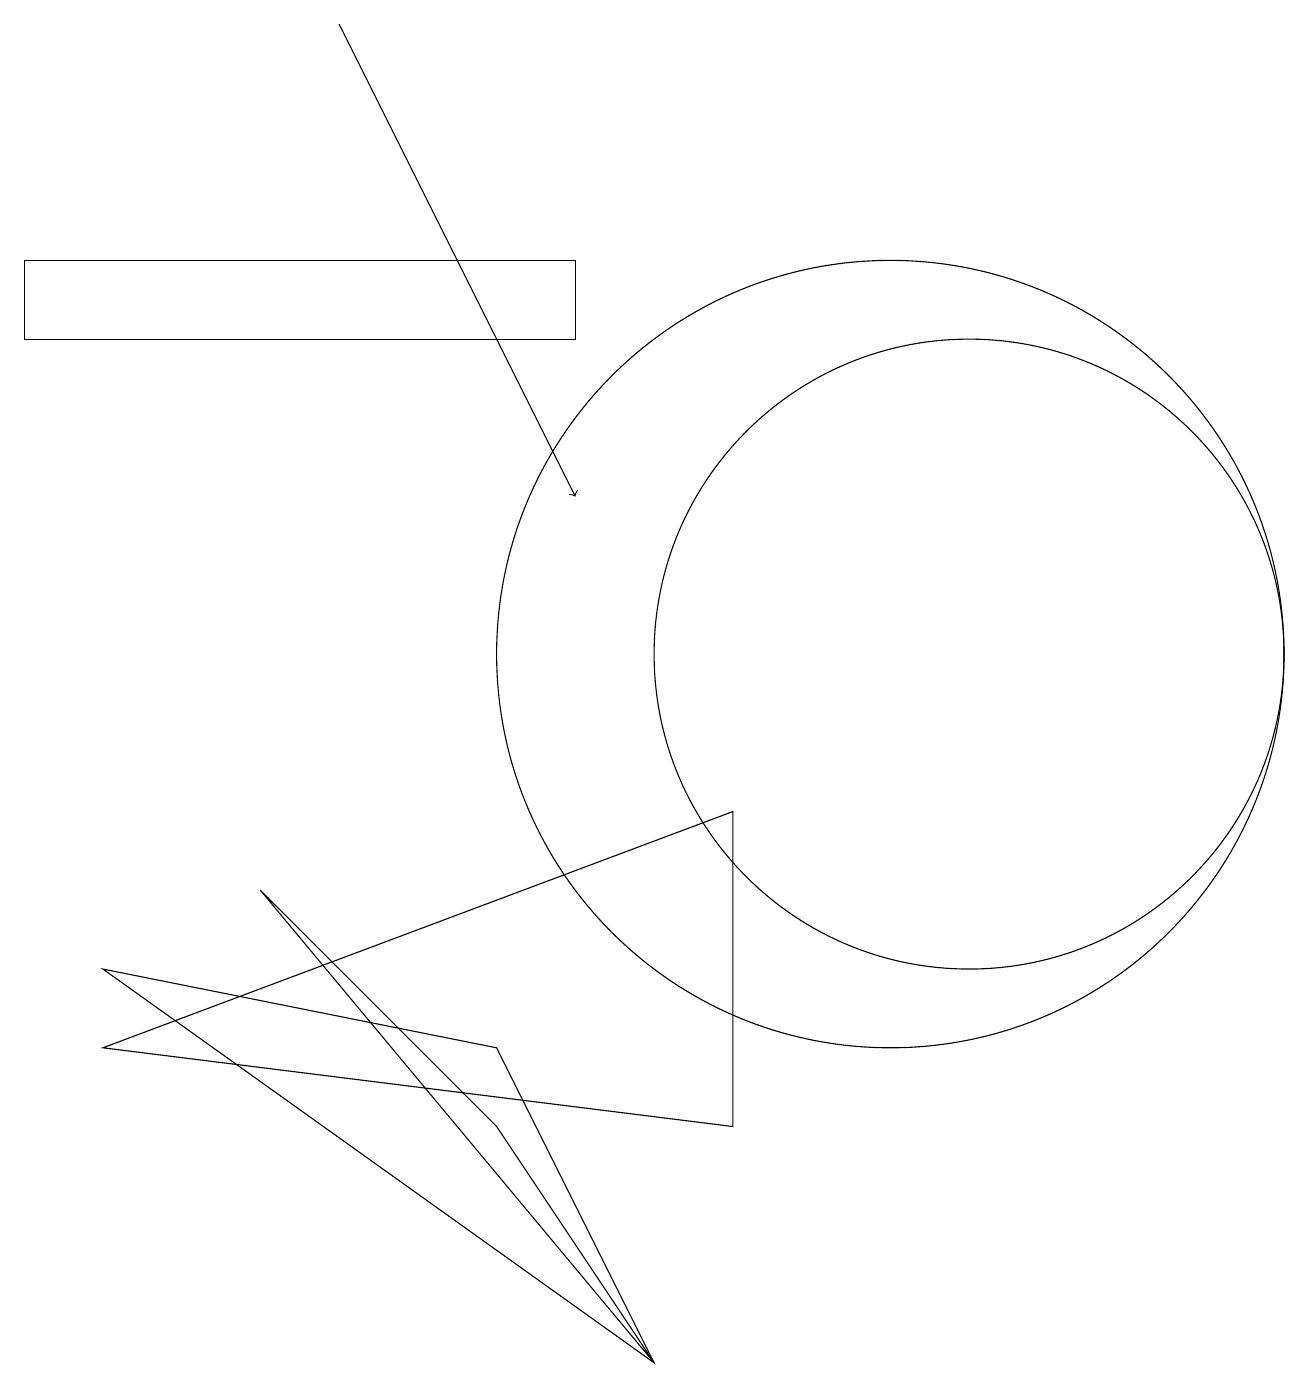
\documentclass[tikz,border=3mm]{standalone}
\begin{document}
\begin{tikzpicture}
\draw (12,11) circle (4);
\draw[->] (4,19) -- (7,13);
\draw (11,11) circle (5);
\draw (8,2) -- (6,5) -- (3,8) -- cycle;
\draw (6,6) -- (8,2) -- (1,7) -- cycle;
\draw (10,10) circle (0);
\draw (7,15) rectangle (0,16);
\draw (9,9) -- (1,6) -- (9,5) -- cycle;
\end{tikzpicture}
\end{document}